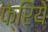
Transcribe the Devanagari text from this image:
फ्रिये